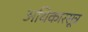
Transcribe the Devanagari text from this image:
अधिकारसूत्र